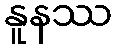
နူနဿ